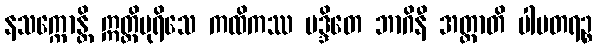
နသက္ကောန္တိ ဣတ္ထိပုရိသေ ကထိကဿ မဒ္ဒိတေ ဘာဂိနီ အတ္တာတိ ပါပတရဉ္စ